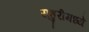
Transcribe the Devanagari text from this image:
राहुरीमध्ये